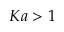
K a > 1